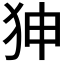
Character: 𤝚